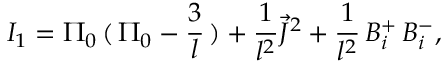
I _ { 1 } = \Pi _ { 0 } \, ( \, \Pi _ { 0 } - \frac { 3 } { l } \, ) + \frac { 1 } { l ^ { 2 } } \vec { J } ^ { 2 } + \frac { 1 } { l ^ { 2 } } \, B _ { i } ^ { + } \, B _ { i } ^ { - } ,